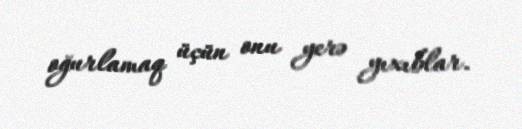
oğurlamaq üçün onu yerə yıxıblar.